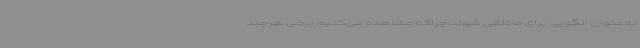
به‌عنوان الگویی برای ما تلقی شوند چراکه مشاهده می‌کنیم برخی هرچند